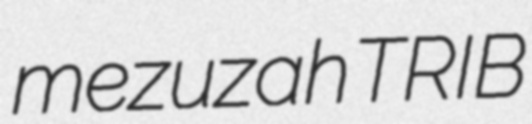
mezuzah TRIB